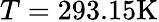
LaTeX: T=293.15\mathrm{K}